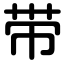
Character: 带